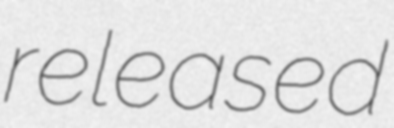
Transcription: released